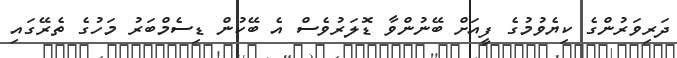
ދަރިވަރުންގެ ކިޔެވުމުގެ ފީއަށް ބޭނުންވާ ޑޮލަރުވެސް އެ ބޭކުން ޑިސެމްބަރު މަހުގެ ތެރޭގައި